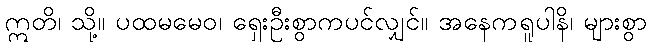
ဣတိ၊ သို့။ ပထမမေဝ၊ ရှေးဦးစွာကပင်လျှင်။ အနေကရူပါနိ၊ များစွာ